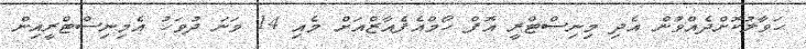
ހަވާލުކޮށްދެއްވުން އެދި މިނިސްޓްރީ އޮފް ހޯމްއެފެއާޒްއަށް މެއި 14 ވަނަ ދުވަހު އެމިނިސްޓްރީއިން